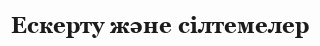
Ескерту және сілтемелер